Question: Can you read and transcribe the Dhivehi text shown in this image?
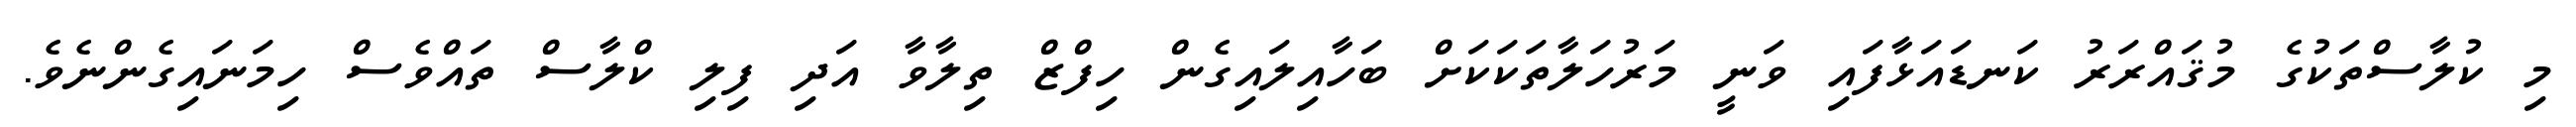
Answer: މި ކުލާސްތަކުގެ މުޤައްރަރު ކަނޑައަޅާފައި ވަނީ މަރުހަލާތަކަކަށް ބަހާއިލައިގެން ހިފްޒް ތިލާވާ އަދި ފިލި ކްލާސް ތައްވެސް ހިމަނައިގެންނެވެ.